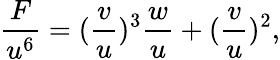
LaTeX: \frac{F}{u^{6}}=(\frac{v}{u})^{3}\frac{w}{u}+(\frac{v}{u})^{2},